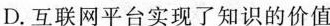
D.互联网平台实现了知识的价值